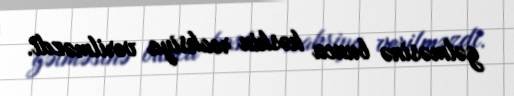
gəlməsinə bunca kəskin reaksiya verilməzdi.